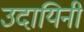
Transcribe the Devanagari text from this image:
उदायिनी